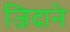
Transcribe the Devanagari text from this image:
जिदाने